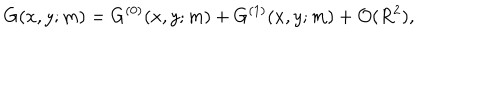
G ( x , y ; m ) = G ^ { ( 0 ) } ( x , y ; m ) + G ^ { ( 1 ) } ( x , y ; m ) + { \cal O } ( R ^ { 2 } ) ,